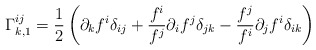
\begin{align*}\Gamma_{k,1}^{ij} = \frac12 \left( \partial_k f^i \delta_{ij} +\frac{f^i}{f^j} \partial_i f^j \delta_{jk} -\frac{f^j}{f^i} \partial_j f^i \delta_{ik}\right)\end{align*}